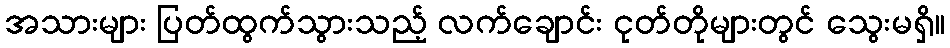
အသားများ ပြတ်ထွက်သွားသည့် လက်ချောင်း ငုတ်တိုများတွင် သွေးမရှိ။